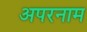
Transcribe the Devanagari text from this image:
अपरनाम